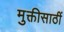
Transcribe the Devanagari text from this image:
मुक्तीसाठीं